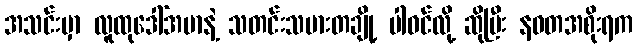
အသင်းမှာ လူထုဒေါ်အမာနဲ့ သတင်းသမားတချို့ ပါဝင်လို့ ဆိုပြီး နဝတအစိုးရက